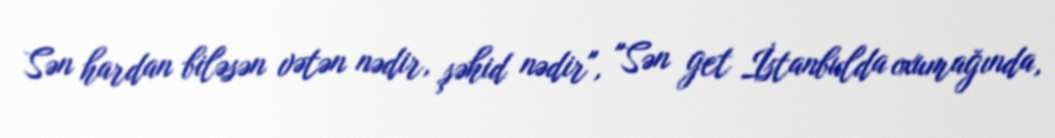
Sən hardan biləsən vətən nədir, şəhid nədir", "Sən get İstanbulda oxumağında,